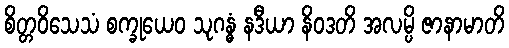
စိတ္တဝိသေသံ စက္ခုယေဝ သုဂန္ဓံ နဒီယာ နိဝဒတိ အလမ္ပိ ဇာနာမာတိ